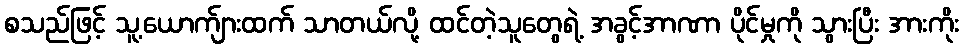
စသည်ဖြင့် သူ့ယောက်ျားထက် သာတယ်လို့ ထင်တဲ့သူတွေရဲ့ အခွင့်အာဏာ ပိုင်မှုကို သွားပြီး အားကိုး